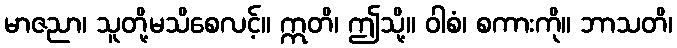
မာဇညာ၊ သူတို့မသိစေလင့်။ ဣတိ၊ ဤသို့။ ဝါစံ၊ စကားကို။ ဘာသတိ၊